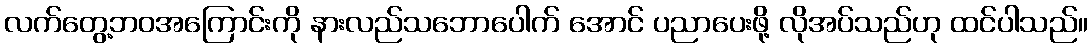
လက်တွေ့ဘဝအကြောင်းကို နားလည်သဘောပေါက် အောင် ပညာပေးဖို့ လိုအပ်သည်ဟု ထင်ပါသည်။